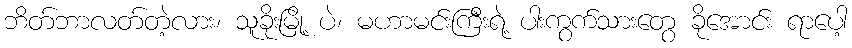
ဘိတ်ဘာလတ်တဲ့လား၊ သူခိုးမြို့ ပဲ၊ မဟာမင်းကြီးရဲ့ ပါးကွက်သားတွေ ခိုအောင်း ရာပေါ့